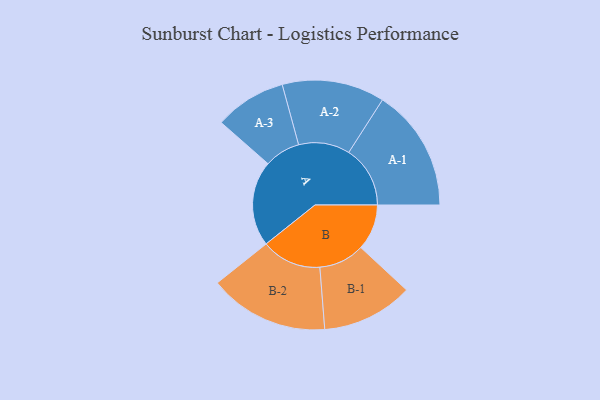
{"axis": {"x": "Segment", "y": "Value"}, "legend": ["", "A", "B"], "data": [{"x": "A", "y": 408, "type": ""}, {"x": "B", "y": 219, "type": ""}, {"x": "A-1", "y": 293, "type": "A"}, {"x": "A-2", "y": 245, "type": "A"}, {"x": "A-3", "y": 171, "type": "A"}, {"x": "B-1", "y": 218, "type": "B"}, {"x": "B-2", "y": 286, "type": "B"}]}